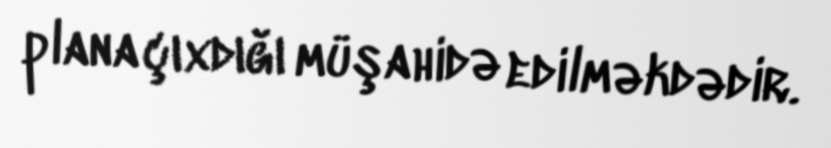
plana çıxdığı müşahidə edilməkdədir.